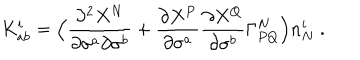
K _ { a b } ^ { i } = \Bigl ( \frac { \partial ^ { 2 } X ^ { N } } { \partial \sigma ^ { a } \partial \sigma ^ { b } } + \frac { \partial X ^ { P } } { \partial \sigma ^ { a } } \frac { \partial X ^ { Q } } { \partial \sigma ^ { b } } \Gamma _ { P Q } ^ { N } \Bigr ) n _ { N } ^ { i } ~ .